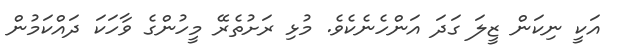
އަކީ ނިކަން ޒީލަ ގަދަ އަންހެނެކެވެ. މުޅި ރަށުތެރޭ މީހުންގެ ވާހަކަ ދައްކަމުން